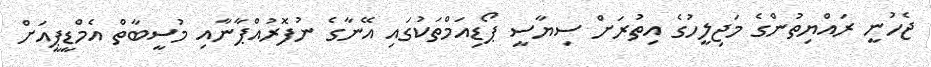
ޖެހުނީ ރައްޔިތުންގެ މަޖިލީހުގެ އިތުރަށް ސިޔާސީ ޕޯޑިއަމްތަކުގައި އޭނާގެ ނުފޮރުއްޕާނާއި މުސީބާތް އެމްޑީޕީއަށް